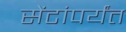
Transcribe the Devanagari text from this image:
सेंटांपर्यंत